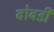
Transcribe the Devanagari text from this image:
बोबडी